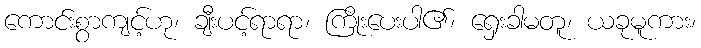
ကောင်းစွာကျင့်ဟု၊ ချီးပင့်ရာရာ၊ ကြိုးပေးပါ၏၊ ရှေးခါမတူ၊ ယခုမူကား၊